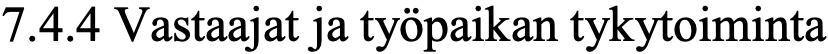
7.4.4 Vastaajat ja työpaikan tykytoiminta